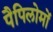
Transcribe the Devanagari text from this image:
पैपिलोमों